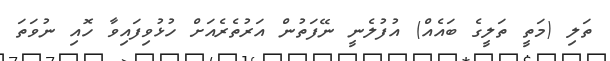
ތަލި (މަތީ ތަލީގެ ބައެއް) އުފުލެނީ ނޭފަތުން އަރުތެރެއަށް ހުޅުވިފައިވާ ހޮއި ނުވަތަ